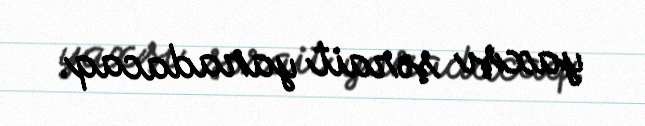
yaxşı şərait yaradacaq.